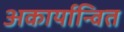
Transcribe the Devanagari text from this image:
अकार्यान्वित